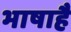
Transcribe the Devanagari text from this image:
भाषाहै